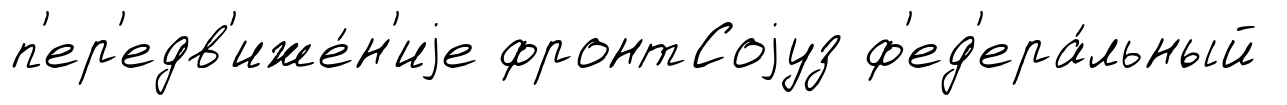
п'ер'едв'иже́н'иjе фронтСоjуз ф'ед'ера́льный